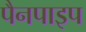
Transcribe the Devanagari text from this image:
पैनपाइप